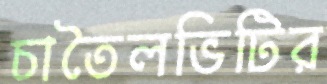
চাতৈলভিটির